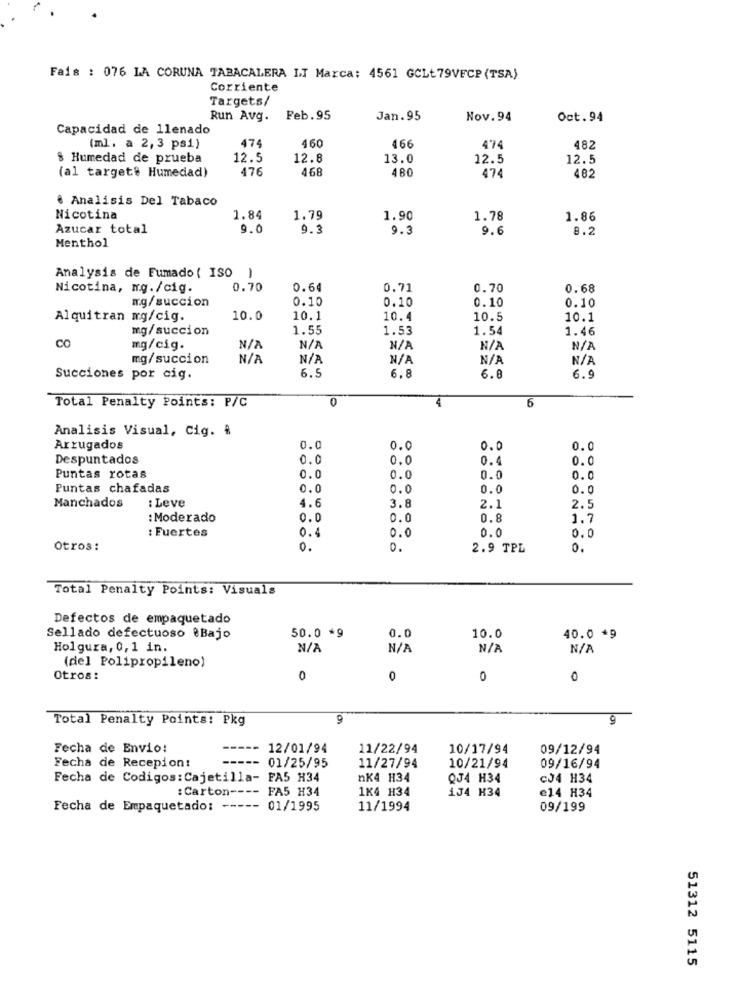
Fais : 076 LA CORUNA TABACALERA IT Marca: 4561 GCLt79VFCP (TSA)
Corriente
Targets/
Run Avg. Feb.95
Jan.95
Nov.94
Oct.94
Capacidad de llenado
474
466
(ml. a 2,3 psi)
460
474
482
8 Humedad de prueba
12.5
12.8
13.0
12.5
12.5
(al target? Humedad)
476
468
480
482
474
€ Analisis Del Tabaco
Nicotina
1.84
1.79
1.90
1.78
1.86
Azucar total
9.6
9.3
9.3
9.6
B.2
Menthol
Analysis de Fumado ( ISO )
Nicotina, mg./cig.
0.70
0.64
0.71
0.70
0.68
mg/succion
0.10
0.10
0.10
0.10
Alquitran mg/cig.
10.0
10.1
10.4
10.5
10.1
mg/succion
1.55
1.53
1.54
1.46
CO
mg/cig.
N/
mg/succion
Succiones por cig.
6.5
6.8
6.8
6.9
0
6
Total Penalty Points: P/C
Analisis Visual, Cig. #
Arrugados
0.0
0.0
0.0
Despuntados
0.0
0.0
0.4
0.0
Puntas rotas
0.0
0.0
0.0
0.0
Puntas chafadas
0.0
0.0
0.0
0.0
Manchados
: Leve
4.6
3.8
2.1
2.5
: Moderado
0.0
0.0
0.8
1.7
: Fuertes
0.4
0.0
0.0
0.0
Otros:
0.
0.
2.9 TPL
0.
Total Penalty Points: Visuals
Defectos de empaquetado
50.0 *9
Sellado defectuoso eBajo
0.0
10.0
40.0 *9
Holgura, 0, 1 in.
(del Polipropileno)
Otros:
0
0
0
0
Total Penalty Points: Pkg
9
9
Fecha de Envio:
-----
12/01/94
11/22/94
10/17/94
09/12/94
Fecha de Recepion:
-----
01/25/95
11/27/94
10/21/94
09/16/94
Fecha de Codigos: Cajetilla- FA5 H34
nK4 H34
QJ4 H34
CJ4 H34
: Carton ----
FA5 H34
1K4 H34
134 H34
e14 H34
Fecha de Empaquetado: -----
01/1995
11/1994
09/199
51312 5115